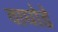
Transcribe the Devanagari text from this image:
वाघोडे